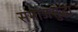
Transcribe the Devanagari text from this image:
समाजसुद्धा